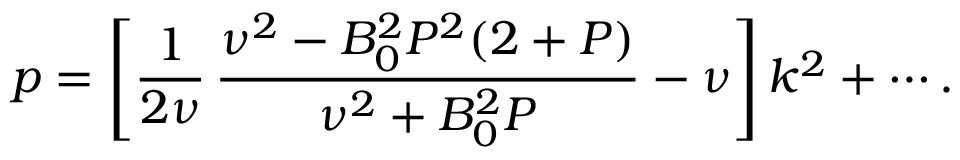
p = \left[ \frac { 1 } { 2 \nu } \, \frac { \nu ^ { 2 } - B _ { 0 } ^ { 2 } P ^ { 2 } ( 2 + P ) } { \nu ^ { 2 } + B _ { 0 } ^ { 2 } P } - \nu \right] k ^ { 2 } + \cdots .